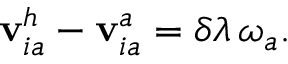
{ \bf v } _ { i a } ^ { h } - { \bf v } _ { i a } ^ { a } = \delta \lambda \, { \boldsymbol { \omega } } _ { a } .